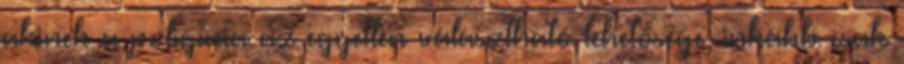
akinek a poligínia az egyetlen választható lehetősége, inkább csak